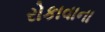
રોકાવાના